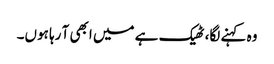
وہ کہنے لگا، ٹھیک ہے میں ابھی آ رہا ہوں۔